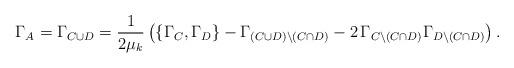
LaTeX: \begin{align*}\Gamma_{A}=\Gamma_{C\cup D}=\frac{1}{2\mu_k}\left(\{\Gamma_{C},\Gamma_{D}\}-\Gamma_{(C\cup D)\setminus (C\cap D)}-2\,\Gamma_{C\setminus (C\cap D)}\Gamma_{D\setminus(C\cap D)}\right).\end{align*}